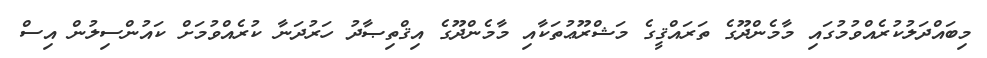
މިބައްދަލުކުރެއްވުމުގައި މާމެންދޫގެ ތަރައްޤީގެ މަޝްރޫޢުތަކާއި މާމެންދޫގެ އިޤްތިޞާދު ހަރުދަނާ ކުރެއްވުމަށް ކައުންސިލުން އިސް